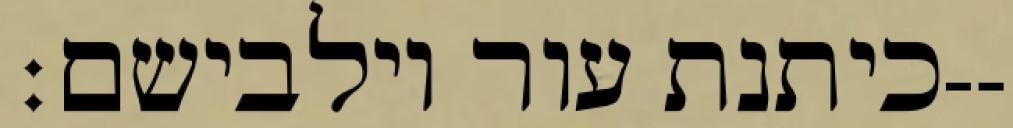
כיתנת עור וילבישם׃--